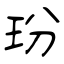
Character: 玢